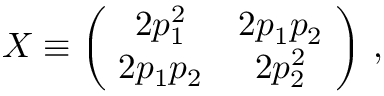
X \equiv \left( \begin{array} { c c } { { \! 2 p _ { 1 } ^ { 2 } } } & { { 2 p _ { 1 } p _ { 2 } \! } } \\ { { \! 2 p _ { 1 } p _ { 2 } } } & { { 2 p _ { 2 } ^ { 2 } \! } } \end{array} \right) \, ,